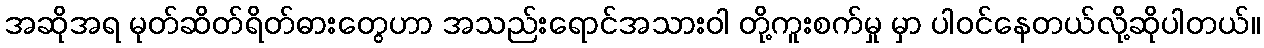
အဆိုအရ မုတ်ဆိတ်ရိတ်ဓားတွေဟာ အသည်းရောင်အသားဝါ တို့ကူးစက်မှု မှာ ပါဝင်နေတယ်လို့ဆိုပါတယ်။